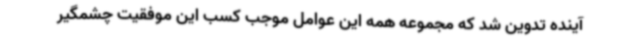
آینده تدوین شد که مجموعه همه این عوامل موجب کسب این موفقیت چشمگیر